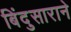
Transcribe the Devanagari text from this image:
बिंदुसाराने